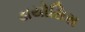
ડાયોસિસ